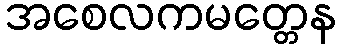
အစေလကမတ္တေန